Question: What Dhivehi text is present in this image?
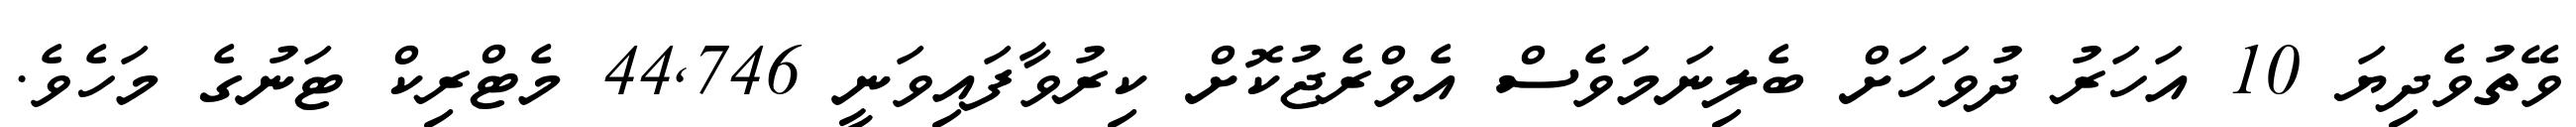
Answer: ވޭތުވެދިޔަ 10 އަހަރު ދުވަހަށް ބެލިނަމަވެސް އެވްރެޖުކޮށް ކިރުވާފައިވަނީ 44,746 މެޓްރިކް ޓަނުގެ މަހެވެ.